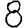
Digit: 8